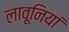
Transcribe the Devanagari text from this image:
लावूनियां